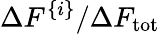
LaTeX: \Delta F^{\{ i\} }/{\Delta F_{\mathrm{tot}}}